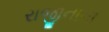
રાજીનામા